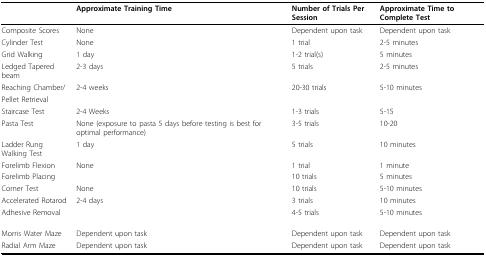
<table><thead><tr><td>[EMPTY_CELL]</td><td><b>Approximate Training Time</b></td><td><b>Number of Trials Per Session</b></td><td><b>Approximate Time to Complete Test</b></td></tr></thead><tbody><tr><td>Composite Scores</td><td>None</td><td>Dependent upon task</td><td>Dependent upon task</td></tr><tr><td>Cylinder Test</td><td>None</td><td>1 trial</td><td>2-5 minutes</td></tr><tr><td>Grid Walking</td><td>1 day</td><td>1-2 trial(s)</td><td>5 minutes</td></tr><tr><td>Ledged Tapered beam</td><td>2-3 days</td><td>5 trials</td><td>2-5 minutes</td></tr><tr><td>Reaching Chamber/</td><td>2-4 weeks</td><td>20-30 trials</td><td>5-10 minutes</td></tr><tr><td>Pellet Retrieval</td><td>[EMPTY_CELL]</td><td>[EMPTY_CELL]</td><td>[EMPTY_CELL]</td></tr><tr><td>Staircase Test</td><td>2-4 Weeks</td><td>1-3 trials</td><td>5-15</td></tr><tr><td>Pasta Test</td><td>None (exposure to pasta 5 days before testing is best for optimal performance)</td><td>3-5 trials</td><td>10-20</td></tr><tr><td>Ladder Rung Walking Test</td><td>1 day</td><td>5 trials</td><td>10 minutes</td></tr><tr><td>Forelimb Flexion</td><td>None</td><td>1 trial</td><td>1 minute</td></tr><tr><td>Forelimb Placing</td><td>[EMPTY_CELL]</td><td>10 trials</td><td>5 minutes</td></tr><tr><td>Corner Test</td><td>None</td><td>10 trials</td><td>5-10 minutes</td></tr><tr><td>Accelerated Rotarod</td><td>2-4 days</td><td>3 trials</td><td>10 minutes</td></tr><tr><td>Adhesive Removal</td><td>[EMPTY_CELL]</td><td>4-5 trials</td><td>5-10 minutes</td></tr><tr><td>Morris Water Maze</td><td>Dependent upon task</td><td>Dependent upon task</td><td>Dependent upon task</td></tr><tr><td>Radial Arm Maze</td><td>Dependent upon task</td><td>Dependent upon task</td><td>Dependent upon task</td></tr></tbody></table>